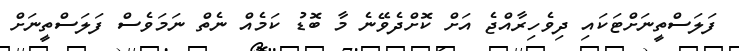
ފަލަސްތީނަށްޓަކައި ދިވެހިރާއްޖެ އަށް ކޮށްދެވޭނެ މާ ބޮޑު ކަމެއް ނެތް ނަމަވެސް ފަލަސްތީނަށް